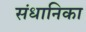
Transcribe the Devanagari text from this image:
संधानिका